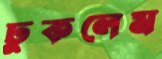
ঢুকলেম